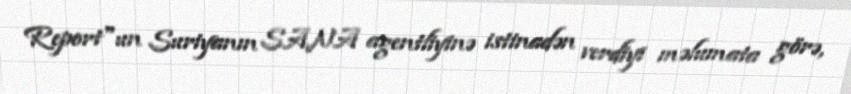
Report"un Suriyanın SANA agentliyinə istinadən verdiyi məlumata görə,